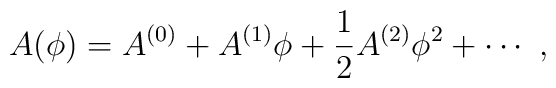
A(\phi) = A^{(0)} + A^{(1)} \phi +\frac12 A^{(2)} \phi^2 +\cdots~,